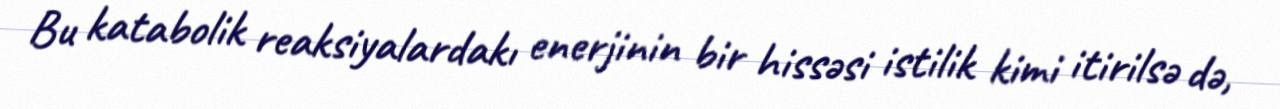
Bu katabolik reaksiyalardakı enerjinin bir hissəsi istilik kimi itirilsə də,